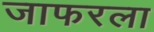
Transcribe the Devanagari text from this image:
जाफरला